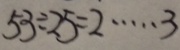
5 3 \div 2 5 = 2 \cdots 3